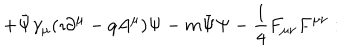
\hspace { 1 . 3 c m } + \bar { \Psi } \gamma _ { \mu } ( \imath \partial ^ { \mu } - q A ^ { \mu } ) \Psi - m \bar { \Psi } \Psi - { \frac { 1 } { 4 } } F _ { \mu \nu } F ^ { \mu \nu } : \hspace { 1 . 6 c m }